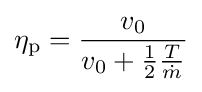
\eta _{\mathrm {p} }={\frac {v_{0}}{v_{0}+{\frac {1}{2}}{\frac {T}{\dot {m}}}}}